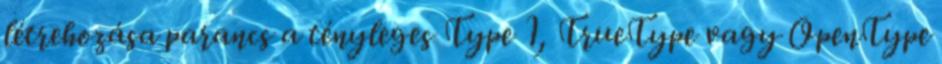
létrehozása parancs a tényleges Type 1, TrueType vagy OpenType